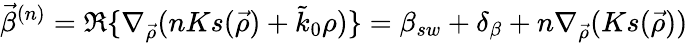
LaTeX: \vec{\beta}^{(n)}=\Re\{ \nabla_{\vec{\rho}}(nKs(\vec{\rho})+\tilde{k}_{0}\rho)\} =\beta_{sw}+\delta_{\beta}+n\nabla_{\vec{\rho}}(Ks(\vec{\rho}))